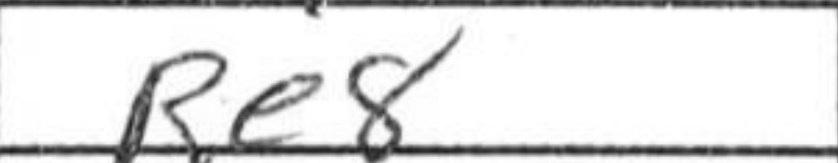
Transcription: Re8